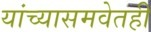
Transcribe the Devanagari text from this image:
यांच्यासमवेतही